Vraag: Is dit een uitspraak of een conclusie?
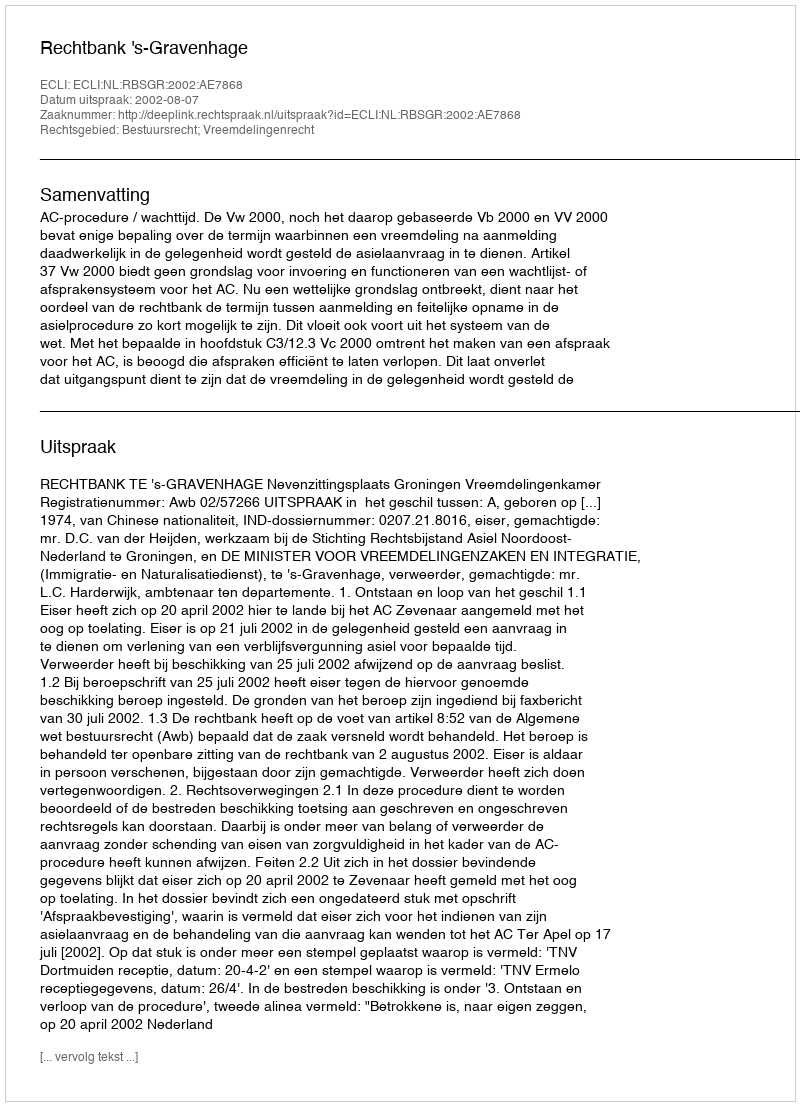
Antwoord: Uitspraak